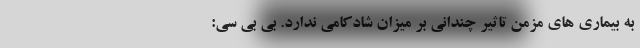
به بیماری های مزمن تاثیر چندانی بر میزان شادکامی ندارد. بی بی سی: